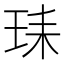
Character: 𰡺